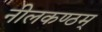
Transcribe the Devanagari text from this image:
नीलकण्ठम्